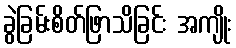
ခွဲခြမ်းစိတ်ဖြာသိခြင်း အကျိုး